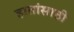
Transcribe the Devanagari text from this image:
हातांसाठी